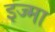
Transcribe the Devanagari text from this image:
इज्मा